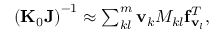
\begin{array} { r } { \left( { \bf K } _ { 0 } { \bf J } \right) ^ { - 1 } \approx \sum _ { k l } ^ { m } { \bf v } _ { k } { M _ { k l } } { { \bf f } _ { { \bf v } _ { l } } ^ { T } } , } \end{array}